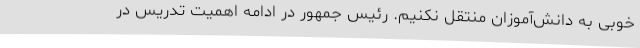
خوبی به دانش‌آموزان منتقل نکنیم. رئیس جمهور در ادامه اهمیت تدریس در